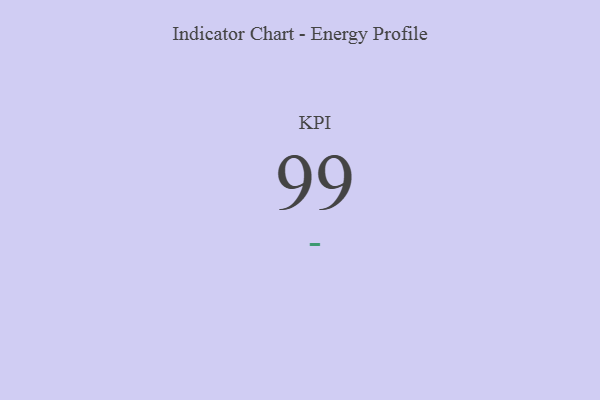
{"axis": {"x": "KPI", "y": "Value"}, "legend": [""], "data": [{"x": "KPI", "y": 99, "type": ""}]}